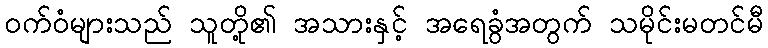
ဝက်ဝံများသည် သူတို့၏ အသားနှင့် အရေခွံအတွက် သမိုင်းမတင်မီ